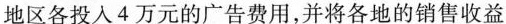
地区各投入4万元的广告费用，并将各地的销售收益